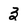
Character: 3